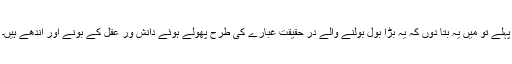
پہلے تو میں یہ بتا دوں کہ یہ بڑا بول بولنے والے در حقیقت غبارے کی طرح پھولے ہوئے دانش ور عقل کے بونے اور اندھے ہیں۔